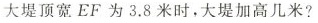
大堤顶宽EF为3.8米时，大堤加高几米?